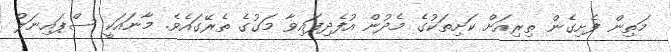
މަތިން ފެށިގެން ތިރިއަށް ކަށިތަކުގެ މެދުން އުފެދިފައިވާ މަގުގެ ތެރޭގައެވެ. މާނައަކީ ސްޕައިނަލް